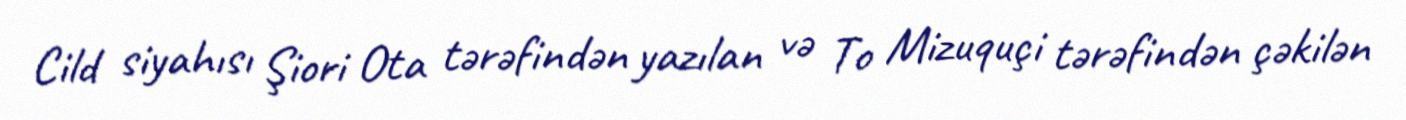
Cild siyahısı Şiori Ota tərəfindən yazılan və To Mizuquçi tərəfindən çəkilən